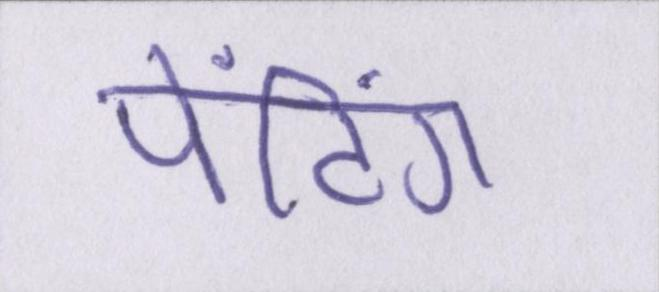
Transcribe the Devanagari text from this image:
पेंटिंग